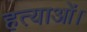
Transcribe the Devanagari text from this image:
हत्याओं।